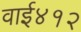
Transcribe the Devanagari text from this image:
वाई४१२